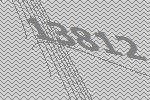
13812